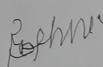
Signature authenticity: forged